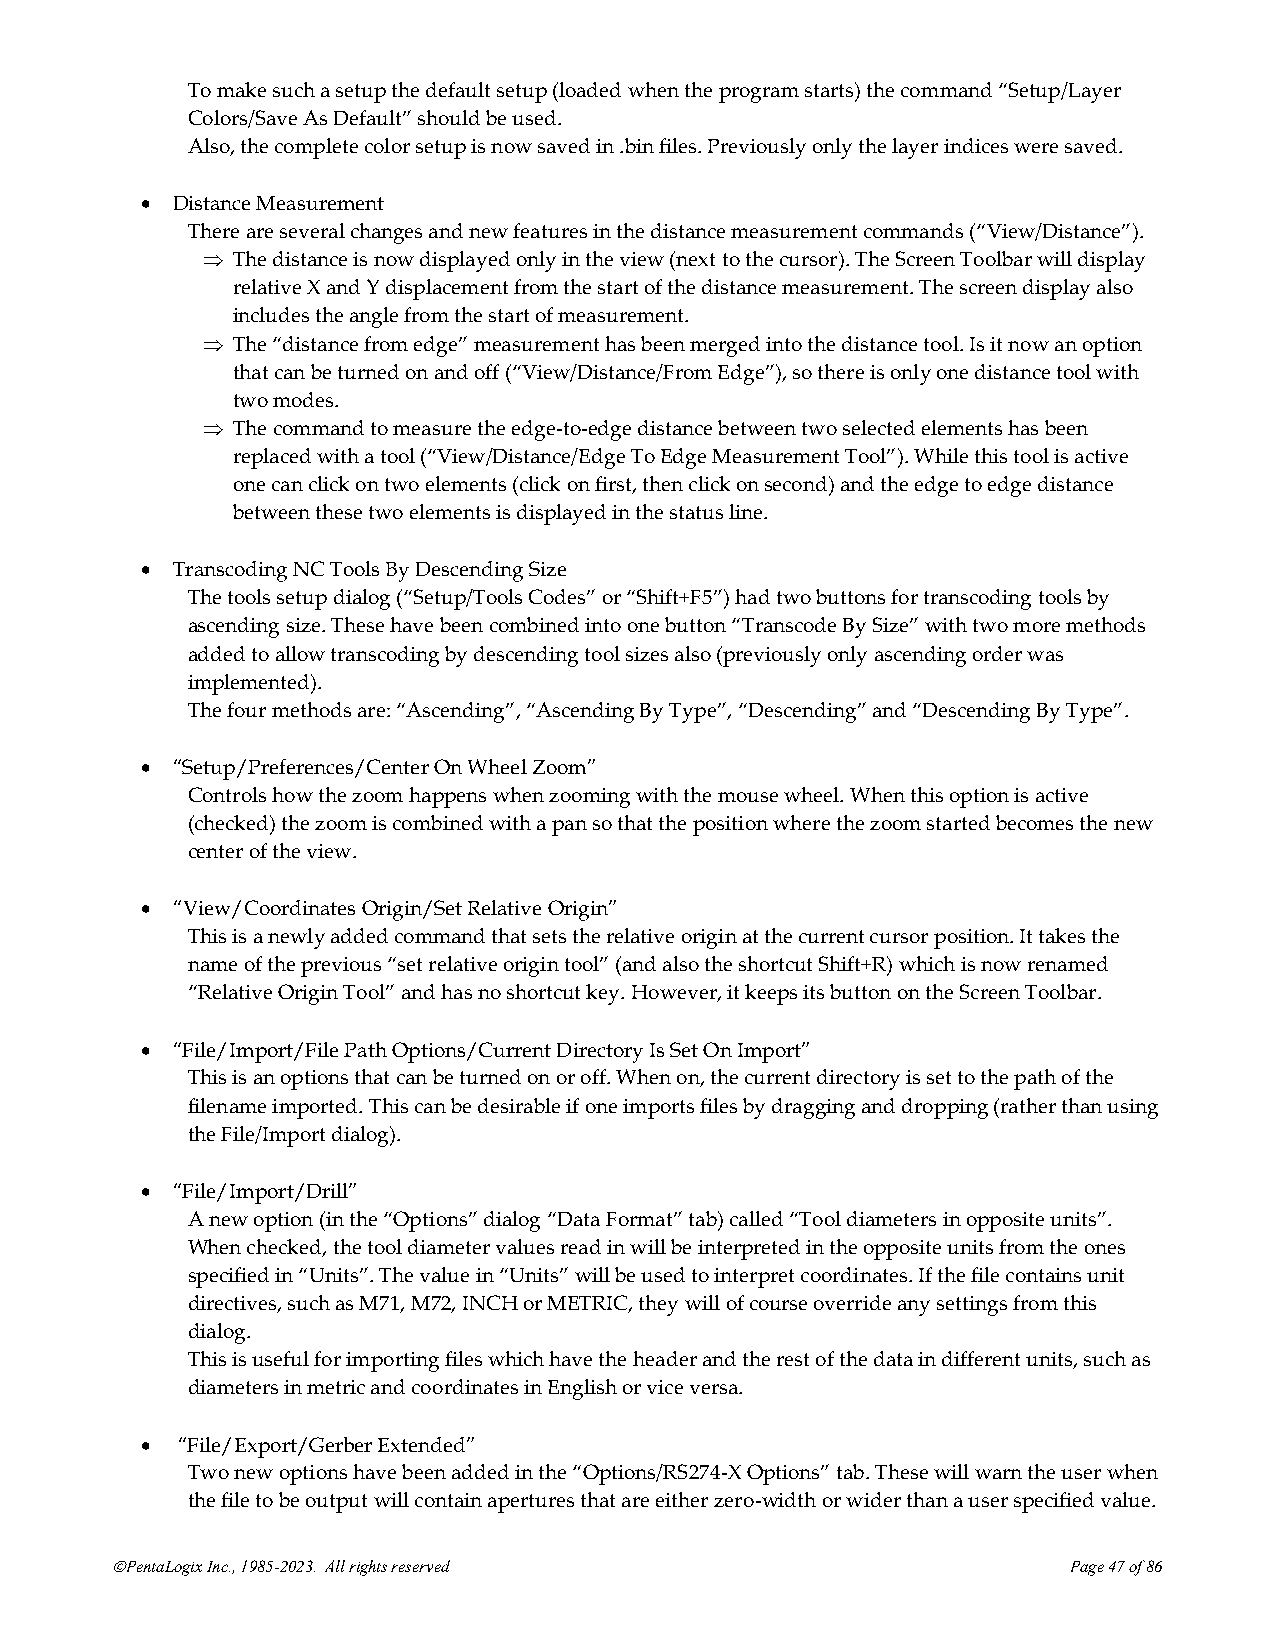
To make such a setup the default setup (loaded when the program starts) the command “Setup/Layer
 Colors/Save As Default” should be used.
 Also, the complete color setup is now saved in .bin files. Previously only the layer indices were saved.
 • Distance Measurement
 There are several changes and new features in the distance measurement commands (“View/Distance”).
  The distance is now displayed only in the view (next to the cursor). The Screen Toolbar will display
 relative X and Y displacement from the start of the distance measurement. The screen display also
 includes the angle from the start of measurement.
  The “distance from edge” measurement has been merged into the distance tool. Is it now an option
 that can be turned on and off (“View/Distance/From Edge”), so there is only one distance tool with
 two modes.
  The command to measure the edge-to-edge distance between two selected elements has been
 replaced with a tool (“View/Distance/Edge To Edge Measurement Tool”). While this tool is active
 one can click on two elements (click on first, then click on second) and the edge to edge distance
 between these two elements is displayed in the status line.
 • Transcoding NC Tools By Descending Size
 The tools setup dialog (“Setup/Tools Codes” or “Shift+F5”) had two buttons for transcoding tools by
 ascending size. These have been combined into one button “Transcode By Size” with two more methods
 added to allow transcoding by descending tool sizes also (previously only ascending order was
 implemented).
 The four methods are: “Ascending”, “Ascending By Type”, “Descending” and “Descending By Type”.
 • “Setup/Preferences/Center On Wheel Zoom”
 Controls how the zoom happens when zooming with the mouse wheel. When this option is active
 (checked) the zoom is combined with a pan so that the position where the zoom started becomes the new
 center of the view.
 • “View/Coordinates Origin/Set Relative Origin”
 This is a newly added command that sets the relative origin at the current cursor position. It takes the
 name of the previous “set relative origin tool” (and also the shortcut Shift+R) which is now renamed
 “Relative Origin Tool” and has no shortcut key. However, it keeps its button on the Screen Toolbar.
 • “File/Import/File Path Options/Current Directory Is Set On Import”
 This is an options that can be turned on or off. When on, the current directory is set to the path of the
 filename imported. This can be desirable if one imports files by dragging and dropping (rather than using
 the File/Import dialog).
 • “File/Import/Drill”
 A new option (in the “Options” dialog “Data Format” tab) called “Tool diameters in opposite units”.
 When checked, the tool diameter values read in will be interpreted in the opposite units from the ones
 specified in “Units”. The value in “Units” will be used to interpret coordinates. If the file contains unit
 directives, such as M71, M72, INCH or METRIC, they will of course override any settings from this
 dialog.
 This is useful for importing files which have the header and the rest of the data in different units, such as
 diameters in metric and coordinates in English or vice versa.
 •  “File/Export/Gerber Extended”
 Two new options have been added in the “Options/RS274-X Options” tab. These will warn the user when
 the file to be output will contain apertures that are either zero-width or wider than a user specified value.
 ©PentaLogix Inc., 1985-2023. All rights reserved                Page 47 of 86